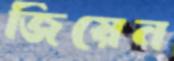
জিয়েন